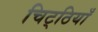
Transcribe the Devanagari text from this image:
चिट्‌ठियाँ